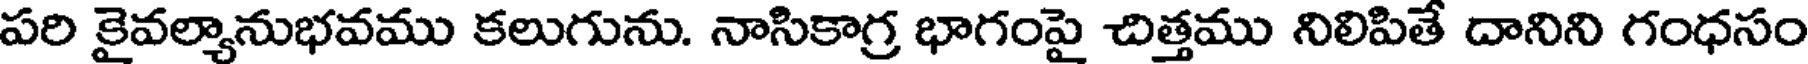
పరి కైవల్యానుభవము కలుగును. నాసికాగ్ర భాగంపై చిత్తము నిలిపితే దానిని గంధసం